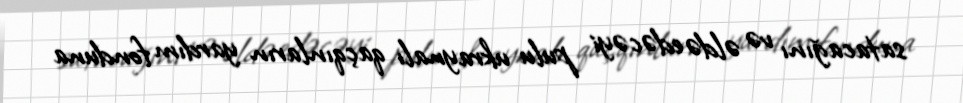
satacağını və əldə edəcəyi pulu ukraynalı qaçqınların yardım fonduna